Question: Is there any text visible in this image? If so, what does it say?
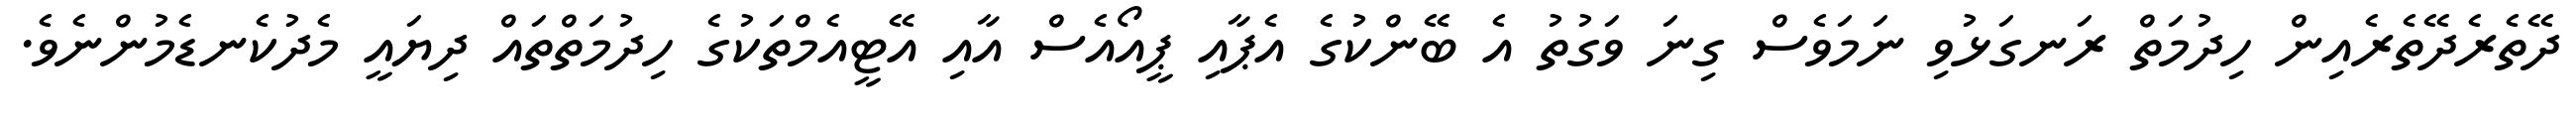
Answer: ދޭތެރެދޭތެރެއިން ހިދުމަތް ރަނގަޅުވި ނަމަވެސް ގިނަ ވަގުތު އެ ބޭންކުގެ އެޕާއި ޕީއޯއެސް އާއި އޭޓީއެމްތަކުގެ ހިދުމަތްތައް ދިޔައީ މެދުކެނޑެމުންނެވެ.